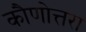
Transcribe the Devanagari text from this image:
कौणोत्तरा